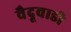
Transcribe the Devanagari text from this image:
वैदूवाडी